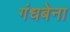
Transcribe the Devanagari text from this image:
गंधबेना